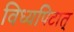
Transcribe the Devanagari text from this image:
विध्यपिटात्